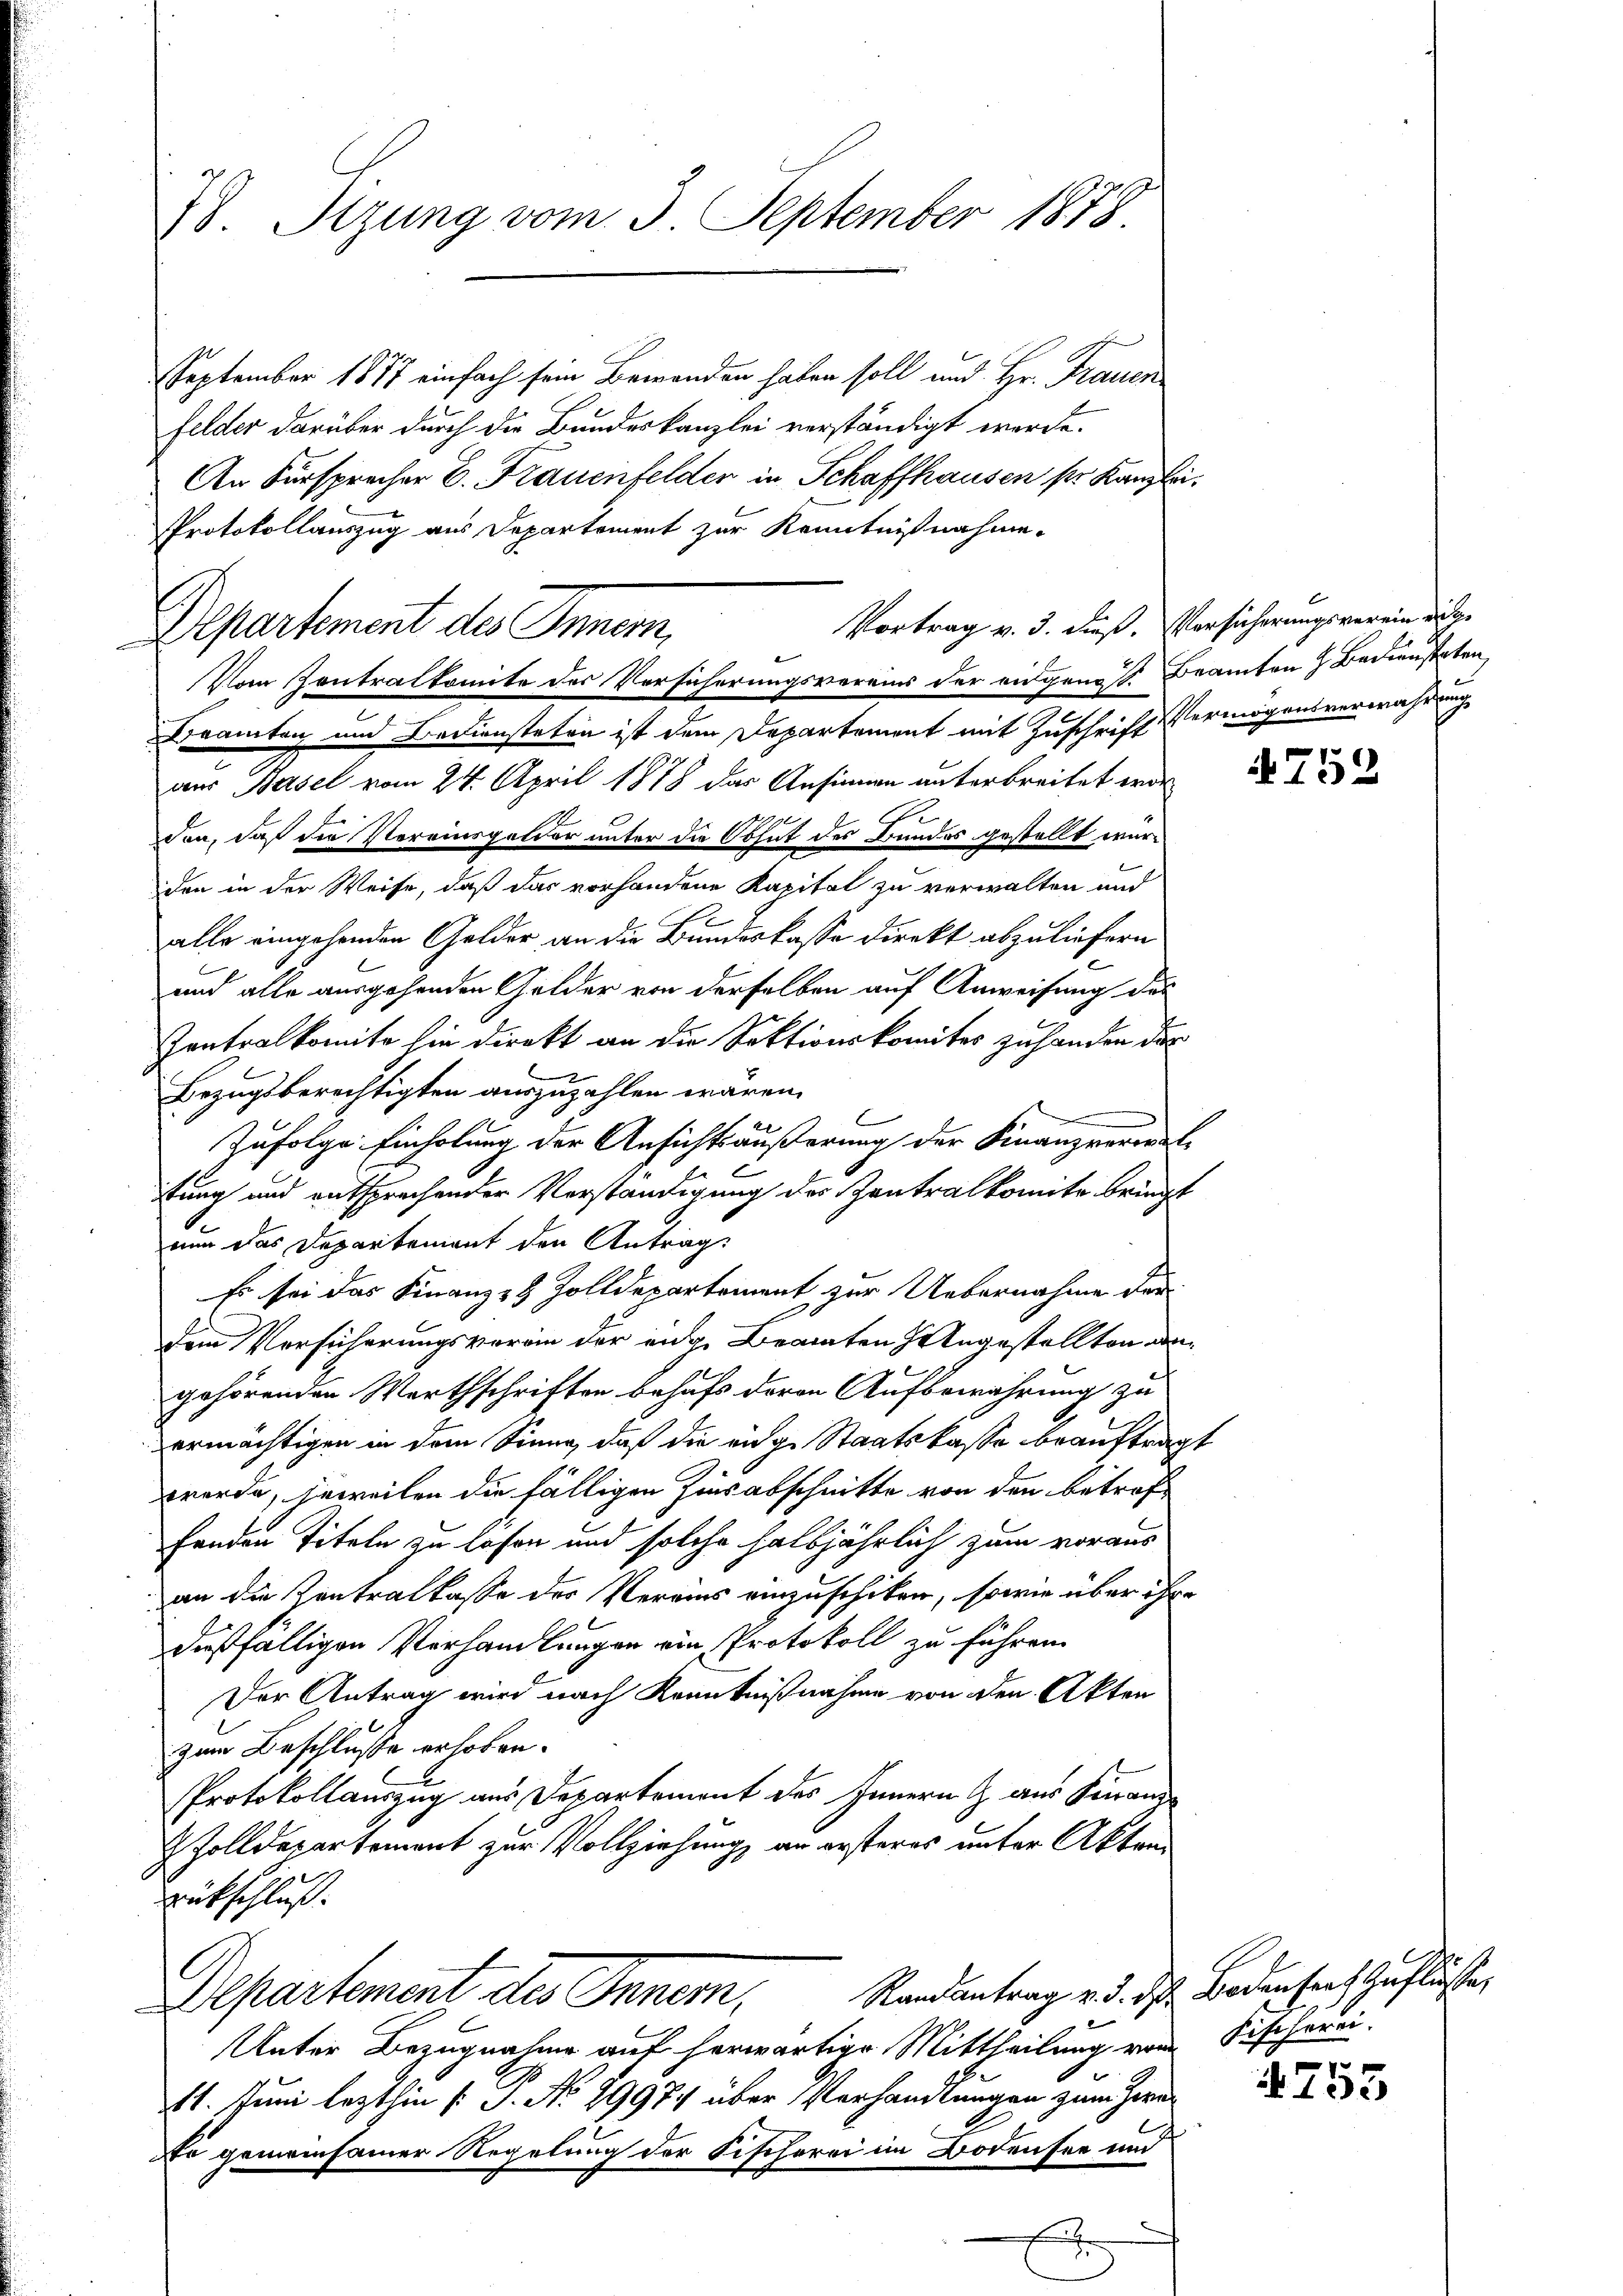
28. Sitzung vom 3. September 1878

Departement des Innern,
Vom Kontralkomite des Versicherungsvereins der eigen S. Beamten Bediensteten

September 1877 einfach sein Bewanden haben soll und Hr. Frauen
felder darüber durch die Bundeskanzlei verständigt werde.
An Fürsprecher E. Frauenfelder in Schaffhausen pr. Kanzlei.
Protokollauszug aus Departement zur Kenntnißnahme.
Beamten und Bediensteten ist dem Departement mit Zuschrift Vermögensverwahrung
aus Basel vom 24. April 1878 das Ansinnen unterbreitet wore
.
don, daß die Vereinsgelder unter die Obhut des Bundes gestellt wurden in der Weise, daß das vorhandene Kapital zu verwalten und
alle eingehenden Gelder an die Bundeskasse direkt abzuliefern
und alle ausgehenden Gelder von derselben auf Anweisung des
Zentralkomite sie direkt an die Sektionskomites zuhanden das
Bezugsberechtigten auszuzahlen wären.
Zufolge Einholung der Ansichtsäußerung der Finanzverwal
E
tung und entsprechender Verständigung der Zentralkomite bringt
nun das Departement den Antrag
Es sei das Finanz- & Zolldepartement zur Uebernahme der
dem Versicherungsvoran der eige Beamten Angestellten den
gehörenden Warthschriften behufs deren Aufbewahrung zu
ermächtigen in dem Sinne, daß die eige Staatskasse beauftragt
werde, jeweiten die fälligen Zinsabschnitte von den betrofhenden Titeln zu lösen und solche halbjährlich zum voraus
an die Zentralkasse der Vereins einzuschiken, sowie über ihre
dißfälligen Verhandlungen ein Protokoll zu führen.
Der Antrag wird nach Kenntnißnahme von den Akten
zum Beschlusse erhoben.
Protokollauszug aus Departement des Innern & aus Finanz
 Zolldepartement zur Vollziehung an ersteres unter Akten¬
Rückschluß.
Departement des Inner, Randantrag v. d. d. Badensrich Zuflüssen,
Unter Bezugnahme auf herwärtige Mittheilung vom Fischerei-
11. Juni lezthin (S. No 29974 über Verhandlungen zum Zwe
De gemeinsamer Regelung der Fischerei im Bodensee um

Vortrag v. 3. dieß. Vorsicherungsverein ange

752

x
735